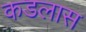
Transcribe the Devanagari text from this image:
कडलास